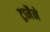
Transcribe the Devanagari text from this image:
ट्रामैने